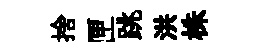
捨匣跳洪株